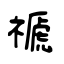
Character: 禠